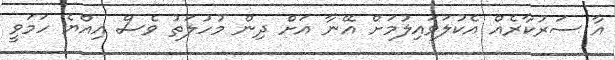
އާ ސަރުކާރެއް އެކުލަވައިލުމަށް އޭނާ އަށް ދިން މުހުލަތު ވެސް އިއްޔެ ހަމަވީ